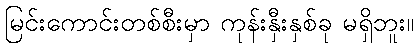
မြင်းကောင်းတစ်စီးမှာ ကုန်းနှီးနှစ်ခု မရှိဘူး။